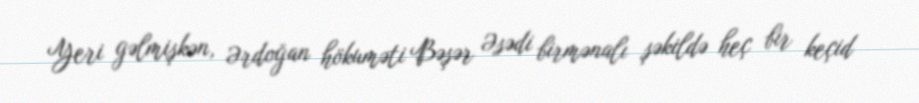
Yeri gəlmişkən, Ərdoğan hökuməti Bəşər Əsədi birmənalı şəkildə heç bir keçid